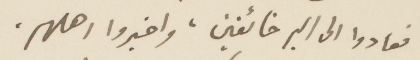
فعادوا الى البر خائفين، واخبروا أهلهم،